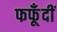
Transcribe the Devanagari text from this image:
फफूँदीं